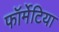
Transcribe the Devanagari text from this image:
फॉर्मेटिया